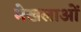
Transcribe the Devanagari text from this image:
मेखलाओं